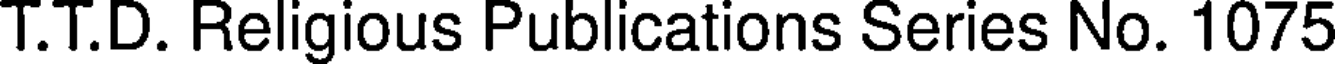
T.T.D. Religious Publications Series No. 1075